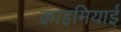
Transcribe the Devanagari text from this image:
क़्राइमियाई